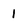
Character: 1